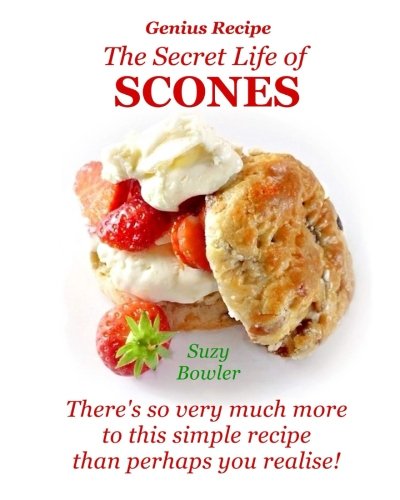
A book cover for The Secret Life of Scones: There's so very much more to this simple yet genius recipe than perhaps you realise! (Genius Recipes) (Volume 4); Suzy Bowler; Cookbooks, Food & Wine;